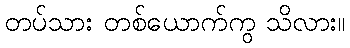
တပ်သား တစ်ယောက်ကွ သိလား။